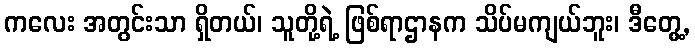
ကလေး အတွင်းသာ ရှိတယ်၊ သူတို့ရဲ့ ဖြစ်ရာဌာနက သိပ်မကျယ်ဘူး၊ ဒီတွေ့,